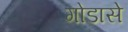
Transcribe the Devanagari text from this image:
गोडासे